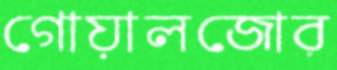
গোয়ালজোর